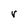
Character: r